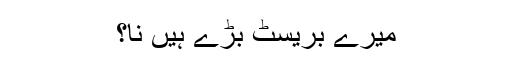
میرے بریسٹ بڑے ہیں نا؟